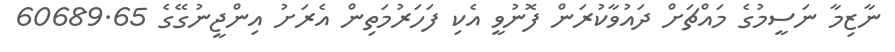
ނާޒިމާ ނަސީމުގެ މައްޗަށް ދައުވާކުރަން ފޮނުވީ އެކި ފަހަރުމަތިން އެރަށު އިންޖީނުގޭގެ 60689.65